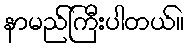
နာမည်ကြီးပါတယ်။